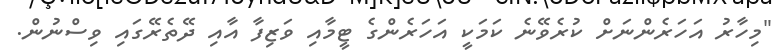
"މިހާރު އަހަރެންނަށް ކުރެވޭނެ ކަމަކީ އަހަރެންގެ ޓީމާއި ވަޒިފާ އާއި ދޭތެރޭގައި ވިސްނުން.